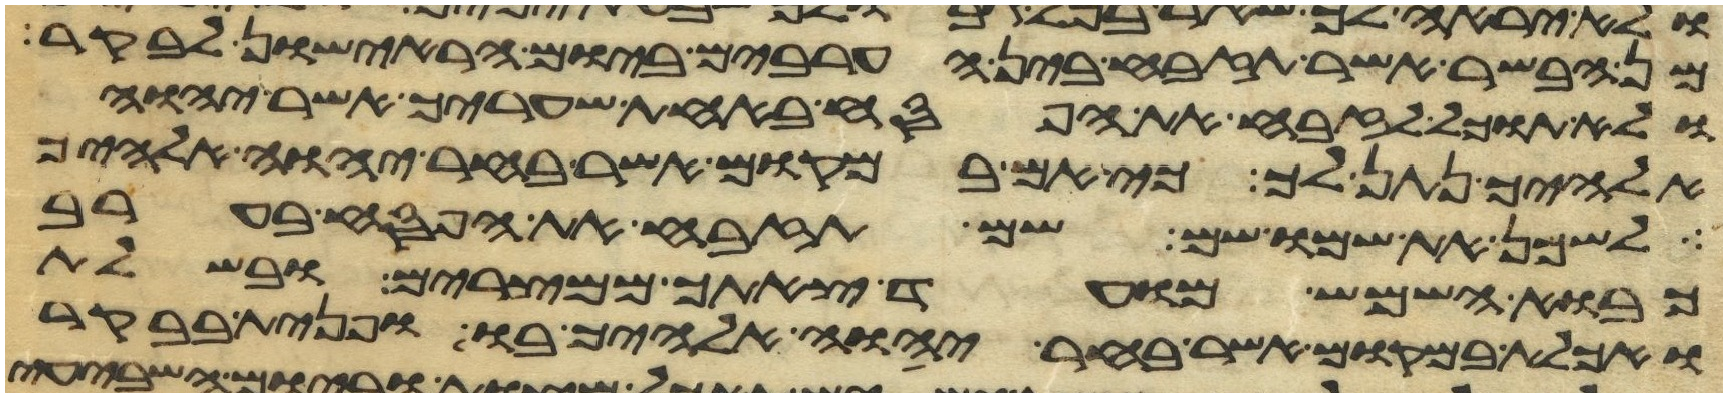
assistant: מן הבשר אשר תזבח בין הערבים ביום הראישון לבקר
ולא תוכל לזבח את הפסח באחת שעריך אשר יהוה
אלהיך נתן לך כי אם במקום אשר בחר יהוה אלהיך
לשכן את שמו שם שם תזבח את הפסח בערב
כבוא השמש מועד צאתך ממצרים ובשלת
ואכלת במקום אשר בחר יהוה אלהיך בו ופנית בבקר